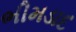
ભીમડાદ